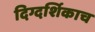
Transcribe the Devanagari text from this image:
दिग्दर्शिकाच